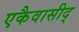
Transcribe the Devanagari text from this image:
एकैवासीद्